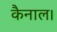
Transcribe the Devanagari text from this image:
कैनाल।